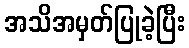
အသိအမှတ်ပြုခဲ့ပြီး